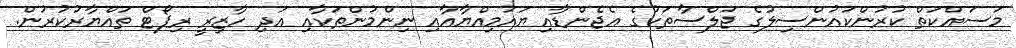
މަސައްކަތް ކުރުންކައުންސިލުގެ ޖަލްސާތަކުގެ އެޖެންޑާއި ޔައުމިއްޔާއާއި ނިންމުންތަކާއި އަދި ހާޒިރީ ރިޕޯޓް ތައްޔާރުކުރުން.